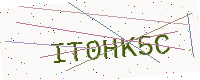
Text: IT0HK5C